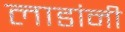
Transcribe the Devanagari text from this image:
लाडांनी